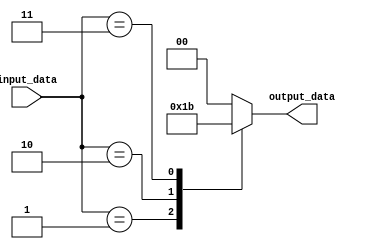
module full_case_example (
    input wire [2:0] input_data,
    output reg [1:0] output_data
);

always @* begin
    case (input_data)
        3'b000: output_data = 2'b00;
        3'b001: output_data = 2'b01;
        3'b010: output_data = 2'b10;
        3'b011: output_data = 2'b11;
        default: output_data = 2'b00;
    endcase
end

endmodule